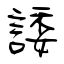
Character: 諉